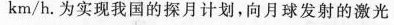
km/h。为实现我国的探月计划，向月球发射的激光